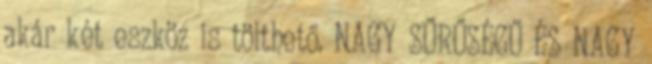
akár két eszköz is tölthető. NAGY SŰRŰSÉGŰ ÉS NAGY